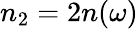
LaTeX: n_{2}=2n(\omega)